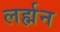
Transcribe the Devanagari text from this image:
लर्ह्मन